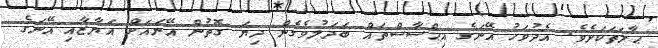
ޙާލަތަކަށެވެ. އެދުވަހު އޭނަގެ އިޙްސާސްތައް ބަދަލުވެގެން ދިޔަ ގޮތުން އޭނައަށް އަޔާޒާއި އޭނަގެ